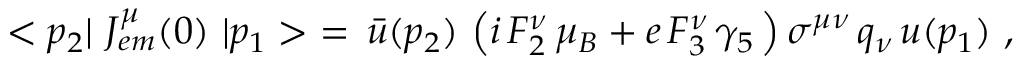
< p _ { 2 } | \ J _ { e m } ^ { \mu } ( 0 ) \ | p _ { 1 } > \ = \, \bar { u } ( p _ { 2 } ) \, \left( i \, F _ { 2 } ^ { \nu } \, \mu _ { B } + e \, F _ { 3 } ^ { \nu } \, \gamma _ { 5 } \, \right) \sigma ^ { \mu \nu } \, q _ { \nu } \, u ( p _ { 1 } ) \ ,